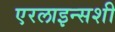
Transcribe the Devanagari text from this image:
एरलाइन्सशी